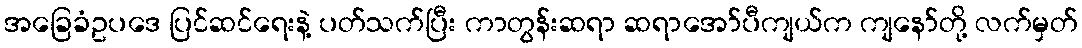
အခြေခံဥပဒေ ပြင်ဆင်ရေးနဲ့ ပတ်သက်ပြီး ကာတွန်းဆရာ ဆရာအော်ပီကျယ်က ကျနော်တို့ လက်မှတ်